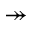
\twoheadrightarrow